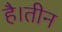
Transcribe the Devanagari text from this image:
है।तीन